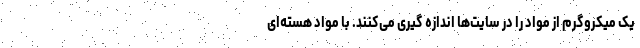
یک میکروگرم از مواد را در سایت‌ها اندازه گیری می‌کنند. با مواد هسته‌ای